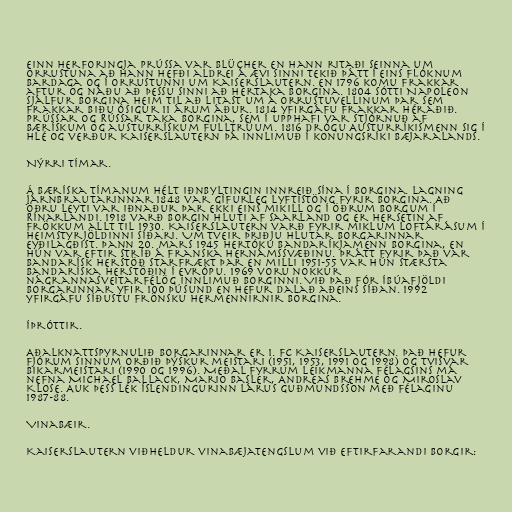
Einn herforingja prússa var Blücher en hann ritaði seinna um
orrustuna að hann hefði aldrei á ævi sinni tekið þátt í eins flóknum
bardaga og í orrustunni um Kaiserslautern. En 1796 komu Frakkar
aftur og náðu að þessu sinni að hertaka borgina. 1804 sótti Napoleon
sjálfur borgina heim til að litast um á orrustuvellinum þar sem
Frakkar biðu ósigur 11 árum áður. 1814 yfirgáfu Frakkar héraðið.
Prússar og Rússar taka borgina, sem í upphafi var stjórnuð af
bærískum og austurrískum fulltrúum. 1816 drógu Austurríkismenn sig í
hlé og verður Kaiserslautern þá innlimuð í konungsríki Bæjaralands.

Nýrri tímar.

Á bæríska tímanum hélt iðnbyltingin innreið sína í borgina. Lagning
járnbrautarinnar 1848 var gífurleg lyftistöng fyrir borgina. Að
öðru leyti var iðnaður þar ekki eins mikill og í öðrum borgum í
Rínarlandi. 1918 varð borgin hluti af Saarland og er hersetin af
Frökkum allt til 1930. Kaiserslautern varð fyrir miklum loftárásum í
heimstyrjöldinni síðari. Um tveir þriðju hlutar borgarinnar
eyðilagðist. Þann 20. mars 1945 hertóku Bandaríkjamenn borgina, en
hún var eftir stríð á franska hernámssvæðinu. Þrátt fyrir það var
bandarísk herstöð starfrækt þar en milli 1951-55 var hún stærsta
bandaríska herstöðin í Evrópu. 1969 voru nokkur
nágrannasveitarfélög innlimuð borginni. Við það fór íbúafjöldi
borgarinnar yfir 100 þúsund en hefur dalað aðeins síðan. 1992
yfirgáfu síðustu frönsku hermennirnir borgina.

Íþróttir.

Aðalknattspyrnulið borgarinnar er 1. FC Kaiserslautern. Það hefur
fjórum sinnum orðið þýskur meistari (1951, 1953, 1991 og 1998) og tvisvar
bikarmeistari (1990 og 1996). Meðal fyrrum leikmanna félagsins má
nefna Michael Ballack, Mario Basler, Andreas Brehme og Miroslav
Klose. Auk þess lék Íslendingurinn Lárus Guðmundsson með félaginu
1987-88.

Vinabæir.

Kaiserslautern viðheldur vinabæjatengslum við eftirfarandi borgir: